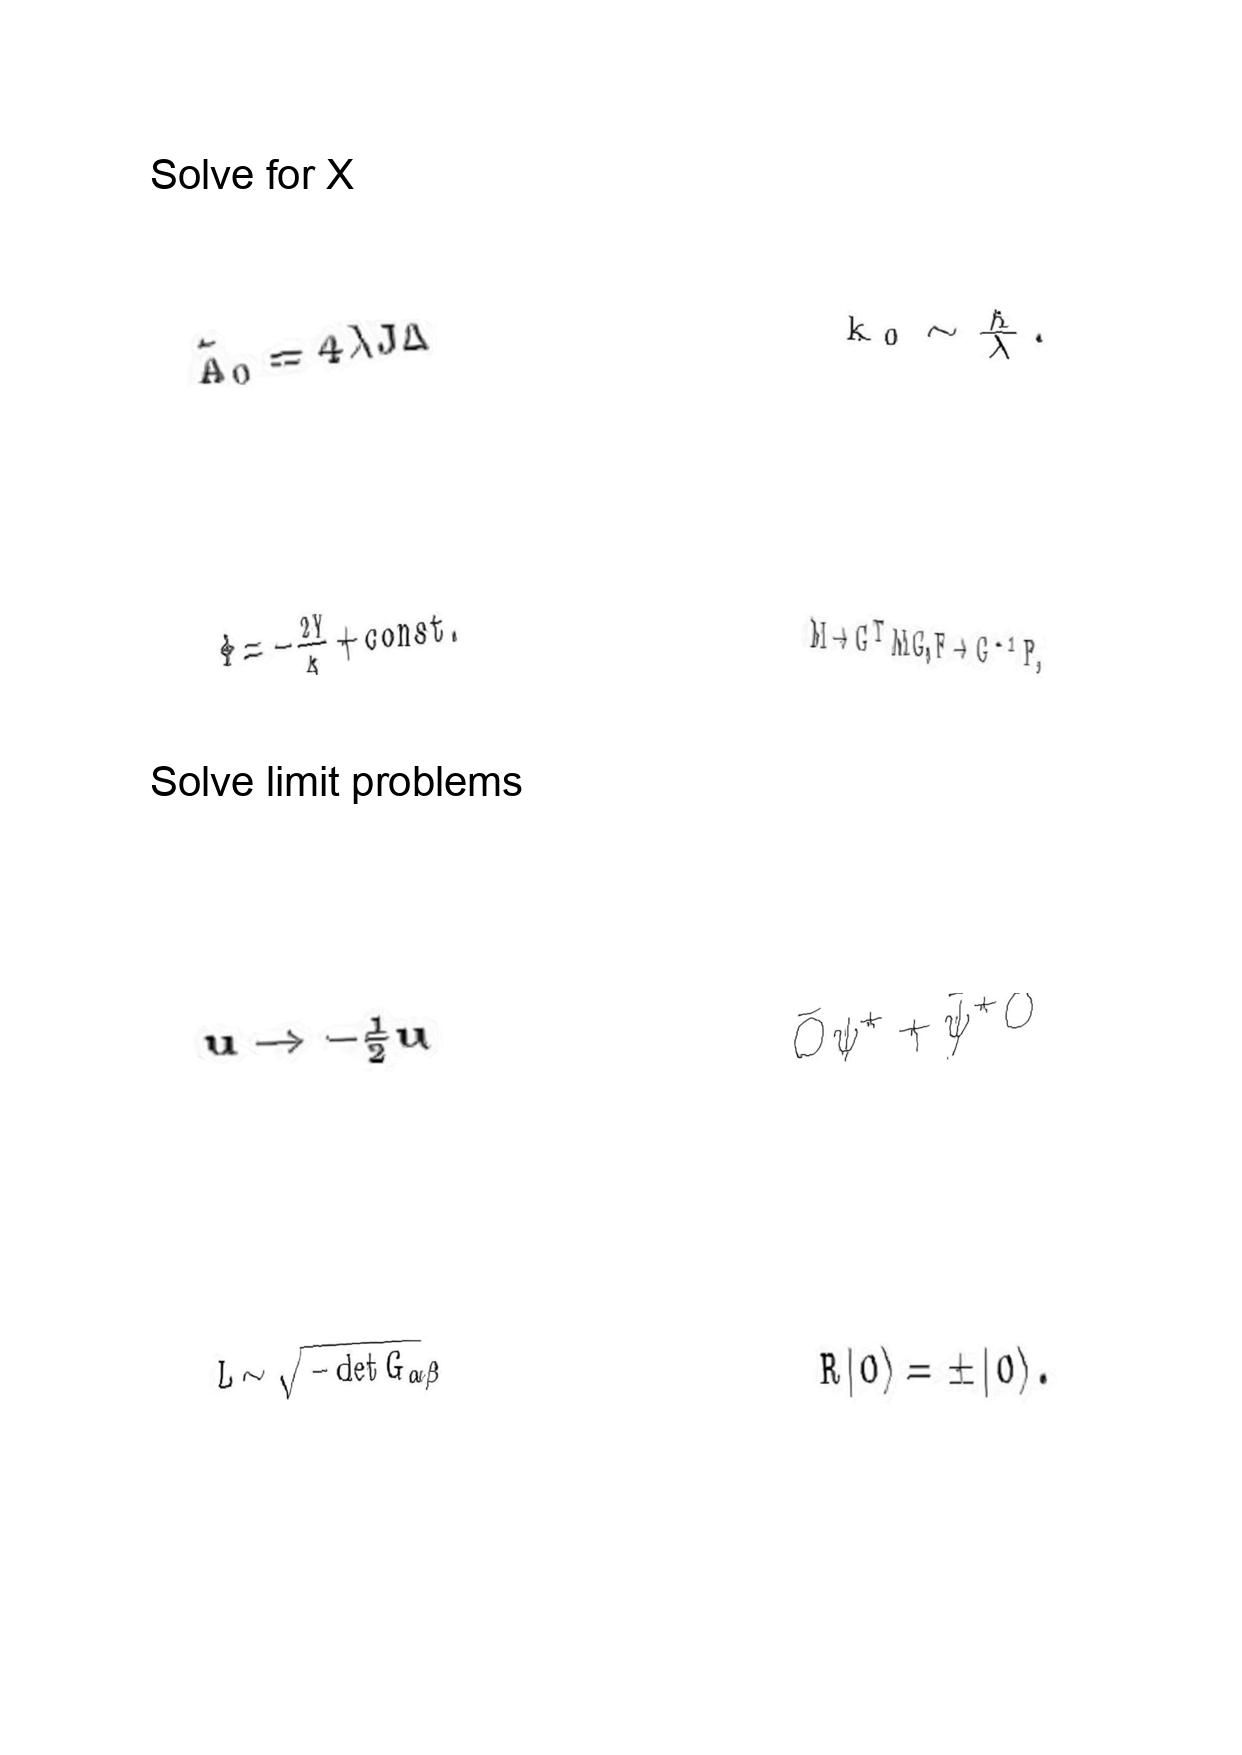
LaTeX transcription:
\tilde { A } _ { 0 } = 4 \lambda J \Delta
\Phi = - \frac { 2 Y } { k } + c o n s t .
u \rightarrow - \frac { 1 } { 2 } u
L \sim \sqrt { - \det G _ { \alpha \beta } }
k _ { 0 } \sim \frac { \hbar } { \lambda } .
M \to G ^ { T } M G , F \to G ^ { - 1 } F ,
\bar { O } \psi ^ { + } + \bar { \psi } ^ { + } O
R \vert 0 \rangle = \pm \vert 0 \rangle .